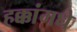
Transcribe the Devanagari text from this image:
हक्कांमधे